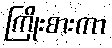
ကြိုးစားကာ